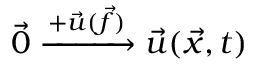
\vec { 0 } \xrightarrow { + \Vec { u } ( \Vec { f } ) } \Vec { u } ( \Vec { x } , t )